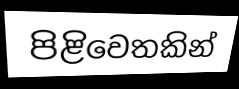
පිළිවෙතකින්